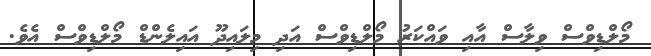
މޯލްޑިވްސް ވިލާސް އާއި ވައްކަރު މޯލްޑިވްސް އަދި މިލައިދޫ އައިލެންޑް މޯލްޑިވްސް އެވެ.